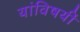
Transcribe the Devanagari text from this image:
यांविषयीं